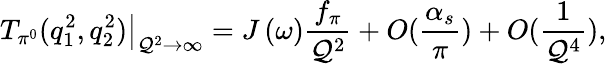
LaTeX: \left.T_{\pi^{0}}(q_{1}^{2},q_{2}^{2})\right|_{\mathcal{Q}^{2}\rightarrow\infty}=J\left(\omega\right)\frac{{f_{\pi}}}{{\mathcal{Q}^{2}}}+O(\frac{{\alpha_{s}}}{{\pi}})+O(\frac{{1}}{{\mathcal{Q}^{4}}}),